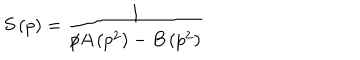
S \left( p \right) = \frac { 1 } { p \hspace { - 0 . 2 c m } / A \left( p ^ { 2 } \right) - B \left( p ^ { 2 } \right) }